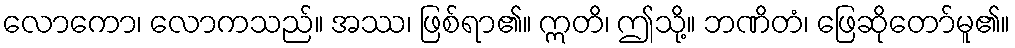
လောကော၊ လောကသည်။ အဿ၊ ဖြစ်ရာ၏။ ဣတိ၊ ဤသို့။ ဘဏိတံ၊ ဖြေဆိုတော်မူ၏။